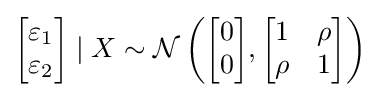
{\begin{bmatrix}\varepsilon _{1}\\\varepsilon _{2}\end{bmatrix}}\mid X\sim {\mathcal {N}}\left({\begin{bmatrix}0\\0\end{bmatrix}},{\begin{bmatrix}1&\rho \\\rho &1\end{bmatrix}}\right)